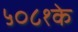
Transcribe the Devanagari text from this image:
५०८१के